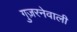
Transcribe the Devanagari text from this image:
गुज़रनेवाली